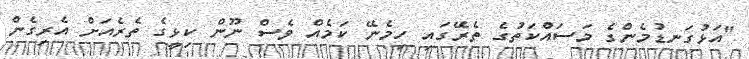
"އަޅުގަނޑުމެންގެ މަސައްކަތުގެ ތެރޭގައި ހިމެނޭ ކަމެެއް ވެސް ނޫން ކިޅީގެ ތެރެއަށް އެރިގެން